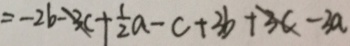
= - 2 b - 3 c + \frac { 1 } { 2 } a - c + 3 b + 3 c - 3 a